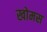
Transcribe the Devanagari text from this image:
खोमस